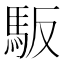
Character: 𲋴